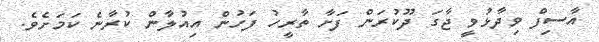
އާސިފް ވިދާޅުވީ ޖާގަ ދޫކުރަން ފަށާ ތާރީހު ފަހުން އިއުލާން ކުރާނެ ކަމަށެވެ.